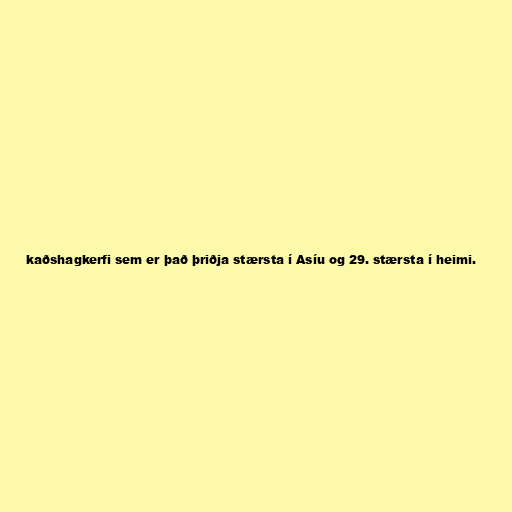
kaðshagkerfi sem er það þriðja stærsta í Asíu og 29. stærsta í heimi.